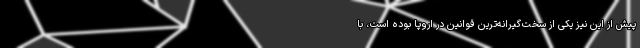
پیش از این نیز یکی از سخت‌گیرانه‌ترین قوانین در اروپا بوده است، با